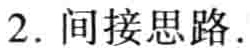
2. 间接思路.